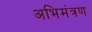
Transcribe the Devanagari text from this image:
अभिमंत्रण